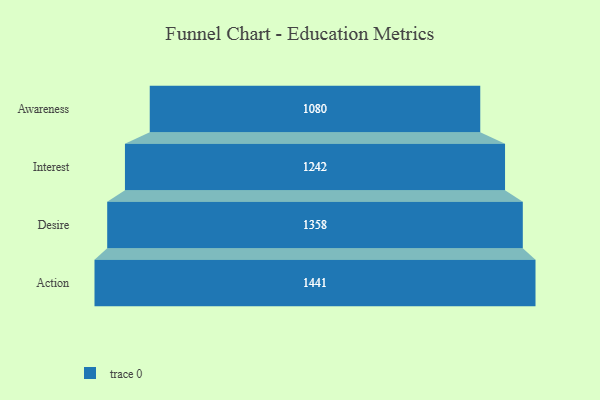
{"axis": {"x": "Stage", "y": "Value"}, "legend": [""], "data": [{"x": "Awareness", "y": 1080.0, "type": ""}, {"x": "Interest", "y": 1242.0, "type": ""}, {"x": "Desire", "y": 1358.0, "type": ""}, {"x": "Action", "y": 1441.0, "type": ""}]}